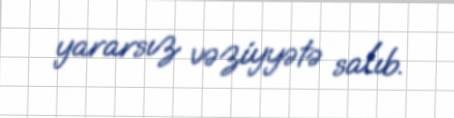
yararsız vəziyyətə salıb.